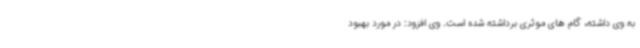
به وی داشته، گام های موثری برداشته شده است. وی افزود: در مورد بهبود